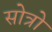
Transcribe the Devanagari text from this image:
सोत्रो